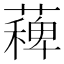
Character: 薭